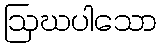
ဩဃပါသော